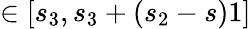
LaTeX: \in[s_{3},s_{3}+(s_{2}-s)1]